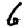
Digit: 6